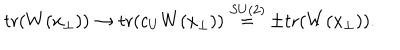
LaTeX: \mathrm { t r } ( W ( x _ { \perp } ) ) \rightarrow \mathrm { t r } ( c _ { U } W ( x _ { \perp } ) ) \stackrel { S U ( 2 ) } { = } \pm \mathrm { t r } ( W ( x _ { \perp } ) ) .